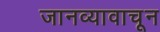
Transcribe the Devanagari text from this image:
जानव्यावाचून